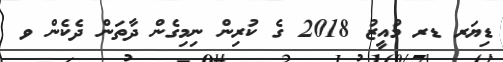
ޑިޔަރ ޑރ މުއީޒު 2018 ގެ ކުރިން ނިމިގެން ދާތަން ދެކެން ވ